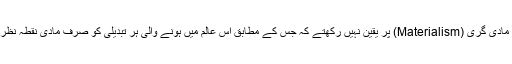
لہذا ہم مادہ پرستی یا مادی گری (Materialism) پر یقین نہیں رکھتے کہ جس کے مطابق اس عالم میں ہونے والی ہر تبدیلی کو صرف مادی نقطہ نظر سے دیکھا جاتا ہے۔